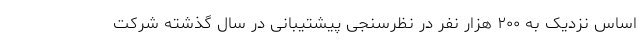
اساس نزدیک به ۲۰۰ هزار نفر در نظرسنجی پیشتیبانی در سال گذشته شرکت